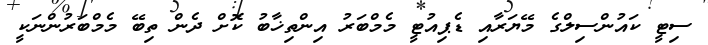
ސިޓީ ކައުންސިލްގެ މޭޔަރާއި ޑެޕިއުޓީ މެމްބަރު އިންތިޚާބު ކޮށް ދެން ތިބޭ މެމްބަރުންނަކީ